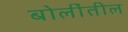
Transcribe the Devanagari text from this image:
बोलींतील